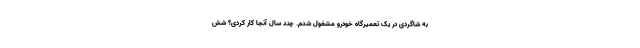
به شاگردی در یک تعمیرگاه خودرو مشغول شدم. چند سال آنجا کار کردی؟ شش